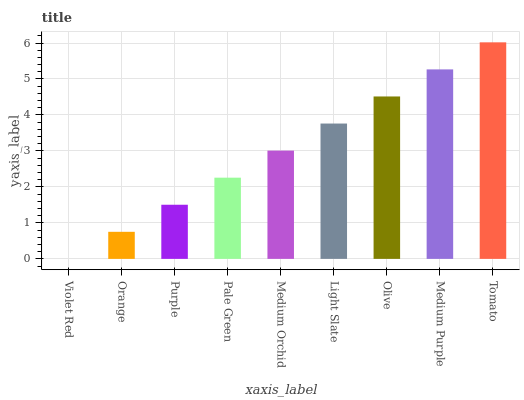
| xaxis_label | bars |
 | --- | --- |
 | Violet Red | 0 |
 | Orange | 0.752 |
 | Purple | 1.5 |
 | Pale Green | 2.26 |
 | Medium Orchid | 3.01 |
 | Light Slate | 3.76 |
 | Olive | 4.51 |
 | Medium Purple | 5.27 |
 | Tomato | 6.02 |